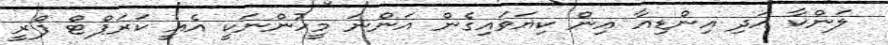
ލަންކާ އަދި އިންޑިއާ އިން ކިޔަވައިގެން އަންނަ މީހުންނަކީ އެއީ ކަރަޕްޓް ފްރީ